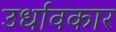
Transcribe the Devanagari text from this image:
उर्धावकार